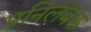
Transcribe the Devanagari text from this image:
प्रनिलंबक